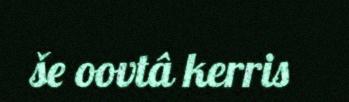
še oovtâ kerris